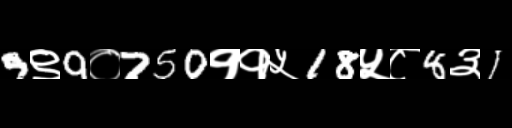
Text: 9९9०750११५18५८8३1